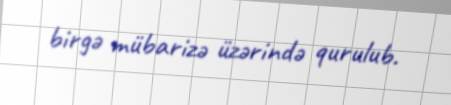
birgə mübarizə üzərində qurulub.